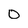
Character: o